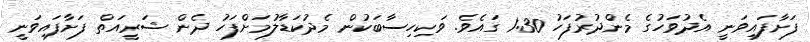
ފަށާފައިވަނީ އެދުވަހުގެ މެންދުރުފަހު 1:30 ގައެވެ. ވަކިހިސާބަކުން މެދުކަޑާލުމަށްފަހު ދެން ޝަރީއަތް ފަށާފައިވަނީ